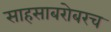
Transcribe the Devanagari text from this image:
साहसाबरोबरच